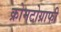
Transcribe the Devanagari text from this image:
क्रोमटोग्राफी